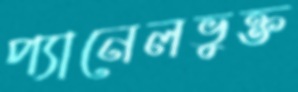
প্যানেলভুক্ত